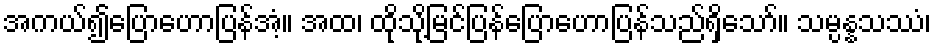
အကယ်၍ပြောဟောပြန်အံ့။ အထ၊ ထိုသို့မြင်ပြန်ပြောဟောပြန်သည်ရှိသော်။ သမ္ပန္နသဿံ၊